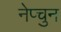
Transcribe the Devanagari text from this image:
नेप्चुन